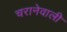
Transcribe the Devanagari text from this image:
चरानेवाली